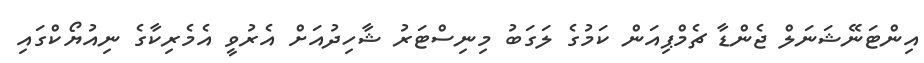
އިންޓަނޭޝަނަލް ޖެންޑާ ޗެމްޕިއަން ކަމުގެ ލަގަބު މިނިސްޓަރު ޝާހިދުއަށް އެރުވީ އެމެރިކާގެ ނިއުޔޯކްގައި